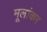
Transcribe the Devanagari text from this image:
मूलांकर